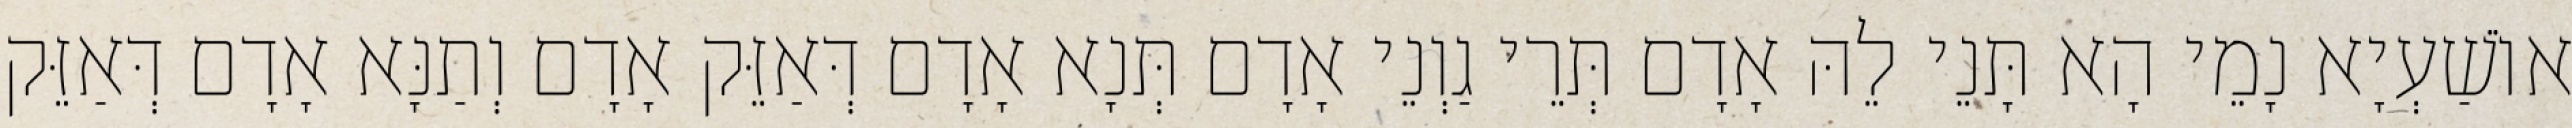
אוֹשַׁעְיָא נָמֵי הָא תָּנֵי לֵהּ אָדָם תְּרֵי גַוְנֵי אָדָם תְּנָא אָדָם דְּאַזֵּק אָדָם וְתַנָּא אָדָם דְּאַזֵּק